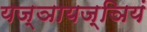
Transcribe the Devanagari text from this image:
यज्ञायज्ञियं